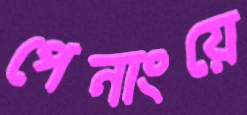
পেনাংয়ে